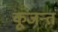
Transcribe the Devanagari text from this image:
कूजन्तं